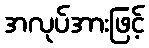
အလုပ်အားဖြင့်